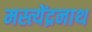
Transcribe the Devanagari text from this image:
मस्त्येंद्रनाथ